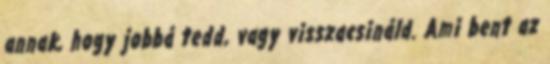
annak, hogy jobbá tedd, vagy visszacsináld. Ami bent az